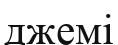
джемі